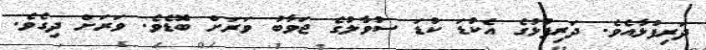
ދަރިފުޅާއެވެ. ދަރިފުޅުގެ އެކުޑަ ކުޑަ ސުވާލުގެ ޖަވާބު ވަރަށް ބޮޑެވެ. ވަރަށް ދިގެވެ.